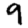
Digit: 9